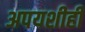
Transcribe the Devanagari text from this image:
अपयशीही